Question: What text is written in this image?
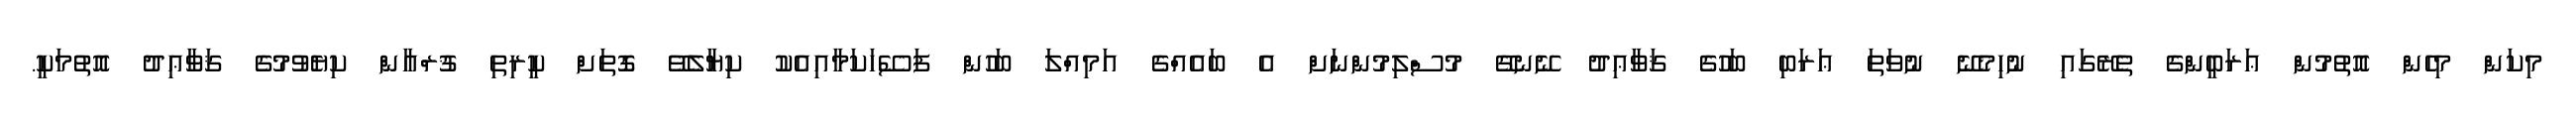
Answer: މިކަން މިހެން އޮތުމުން ޢަރަބީންގެ ތެރޭގައި ނުހިމެނޭ ނުވަތަ ޢަރަބި ބަހުގެ ޤަވާޢިދު ނޭނގޭ މުސްލިމުންނަށް އެ ބައެއްގެ އަމިއްލަ ބަހުން ފަސޭހަކަމާއިއެކު ކިޔާލެވޭ ގޮތަށް ކީރިތި ޤުރްއާން ކިޔެވުމުގެ ޤަވާޢިދު އޮތުމަކީ.